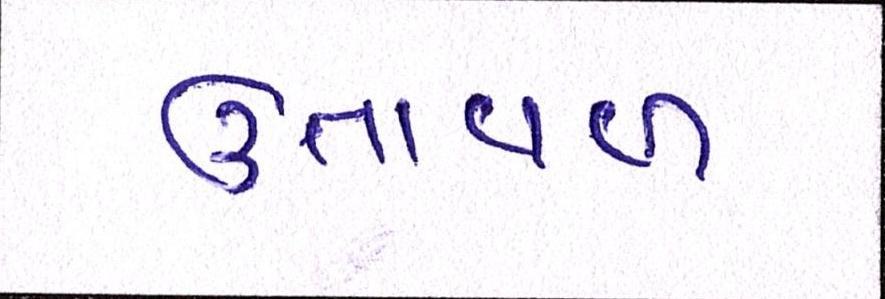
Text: ઉતાવળ